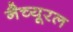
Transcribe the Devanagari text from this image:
नैच्यूरल